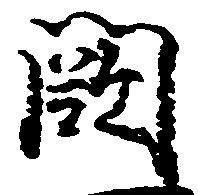
闕